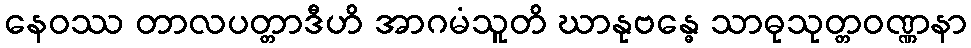
နေဝဿ တာလပတ္တာဒီဟိ အာဂမံသူတိ ဃာနုဗန္ဓေ သာဓုသုတ္တဝဏ္ဏနာ